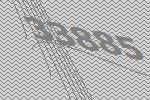
33885